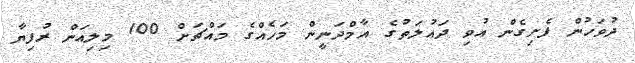
ދުވަހުން ފެށިގެން އުވި ދައުލަތުގެ އާމްދަނީން މަހެއްގެ މައްޗަށް 100 މިލިއަން ރުފިޔާ